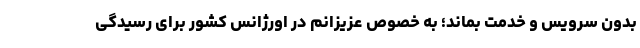
بدون سرویس و خدمت بماند؛ به خصوص عزیزانم در اورژانس کشور برای رسیدگی